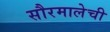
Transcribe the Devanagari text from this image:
सौरमालेची